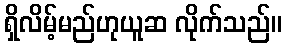
ရှိလိမ့်မည်ဟုယူဆ လိုက်သည်။